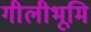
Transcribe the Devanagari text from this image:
गीलीभूमि